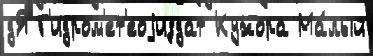
дЯ Г'идром'ет'еоjиздат Кужора Ма́лый